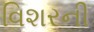
વિશરની